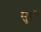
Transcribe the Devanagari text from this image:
सुतों